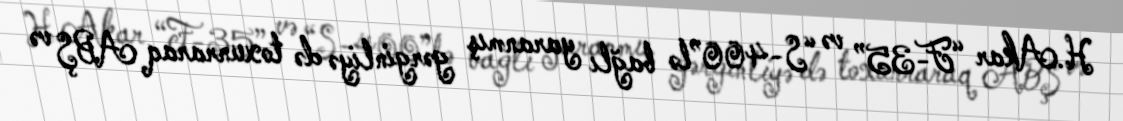
H.Akar “F-35” və “S-400”lə bağlı yaranmış gərginliyə də toxunraraq ABŞ və